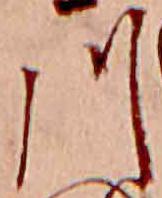
川